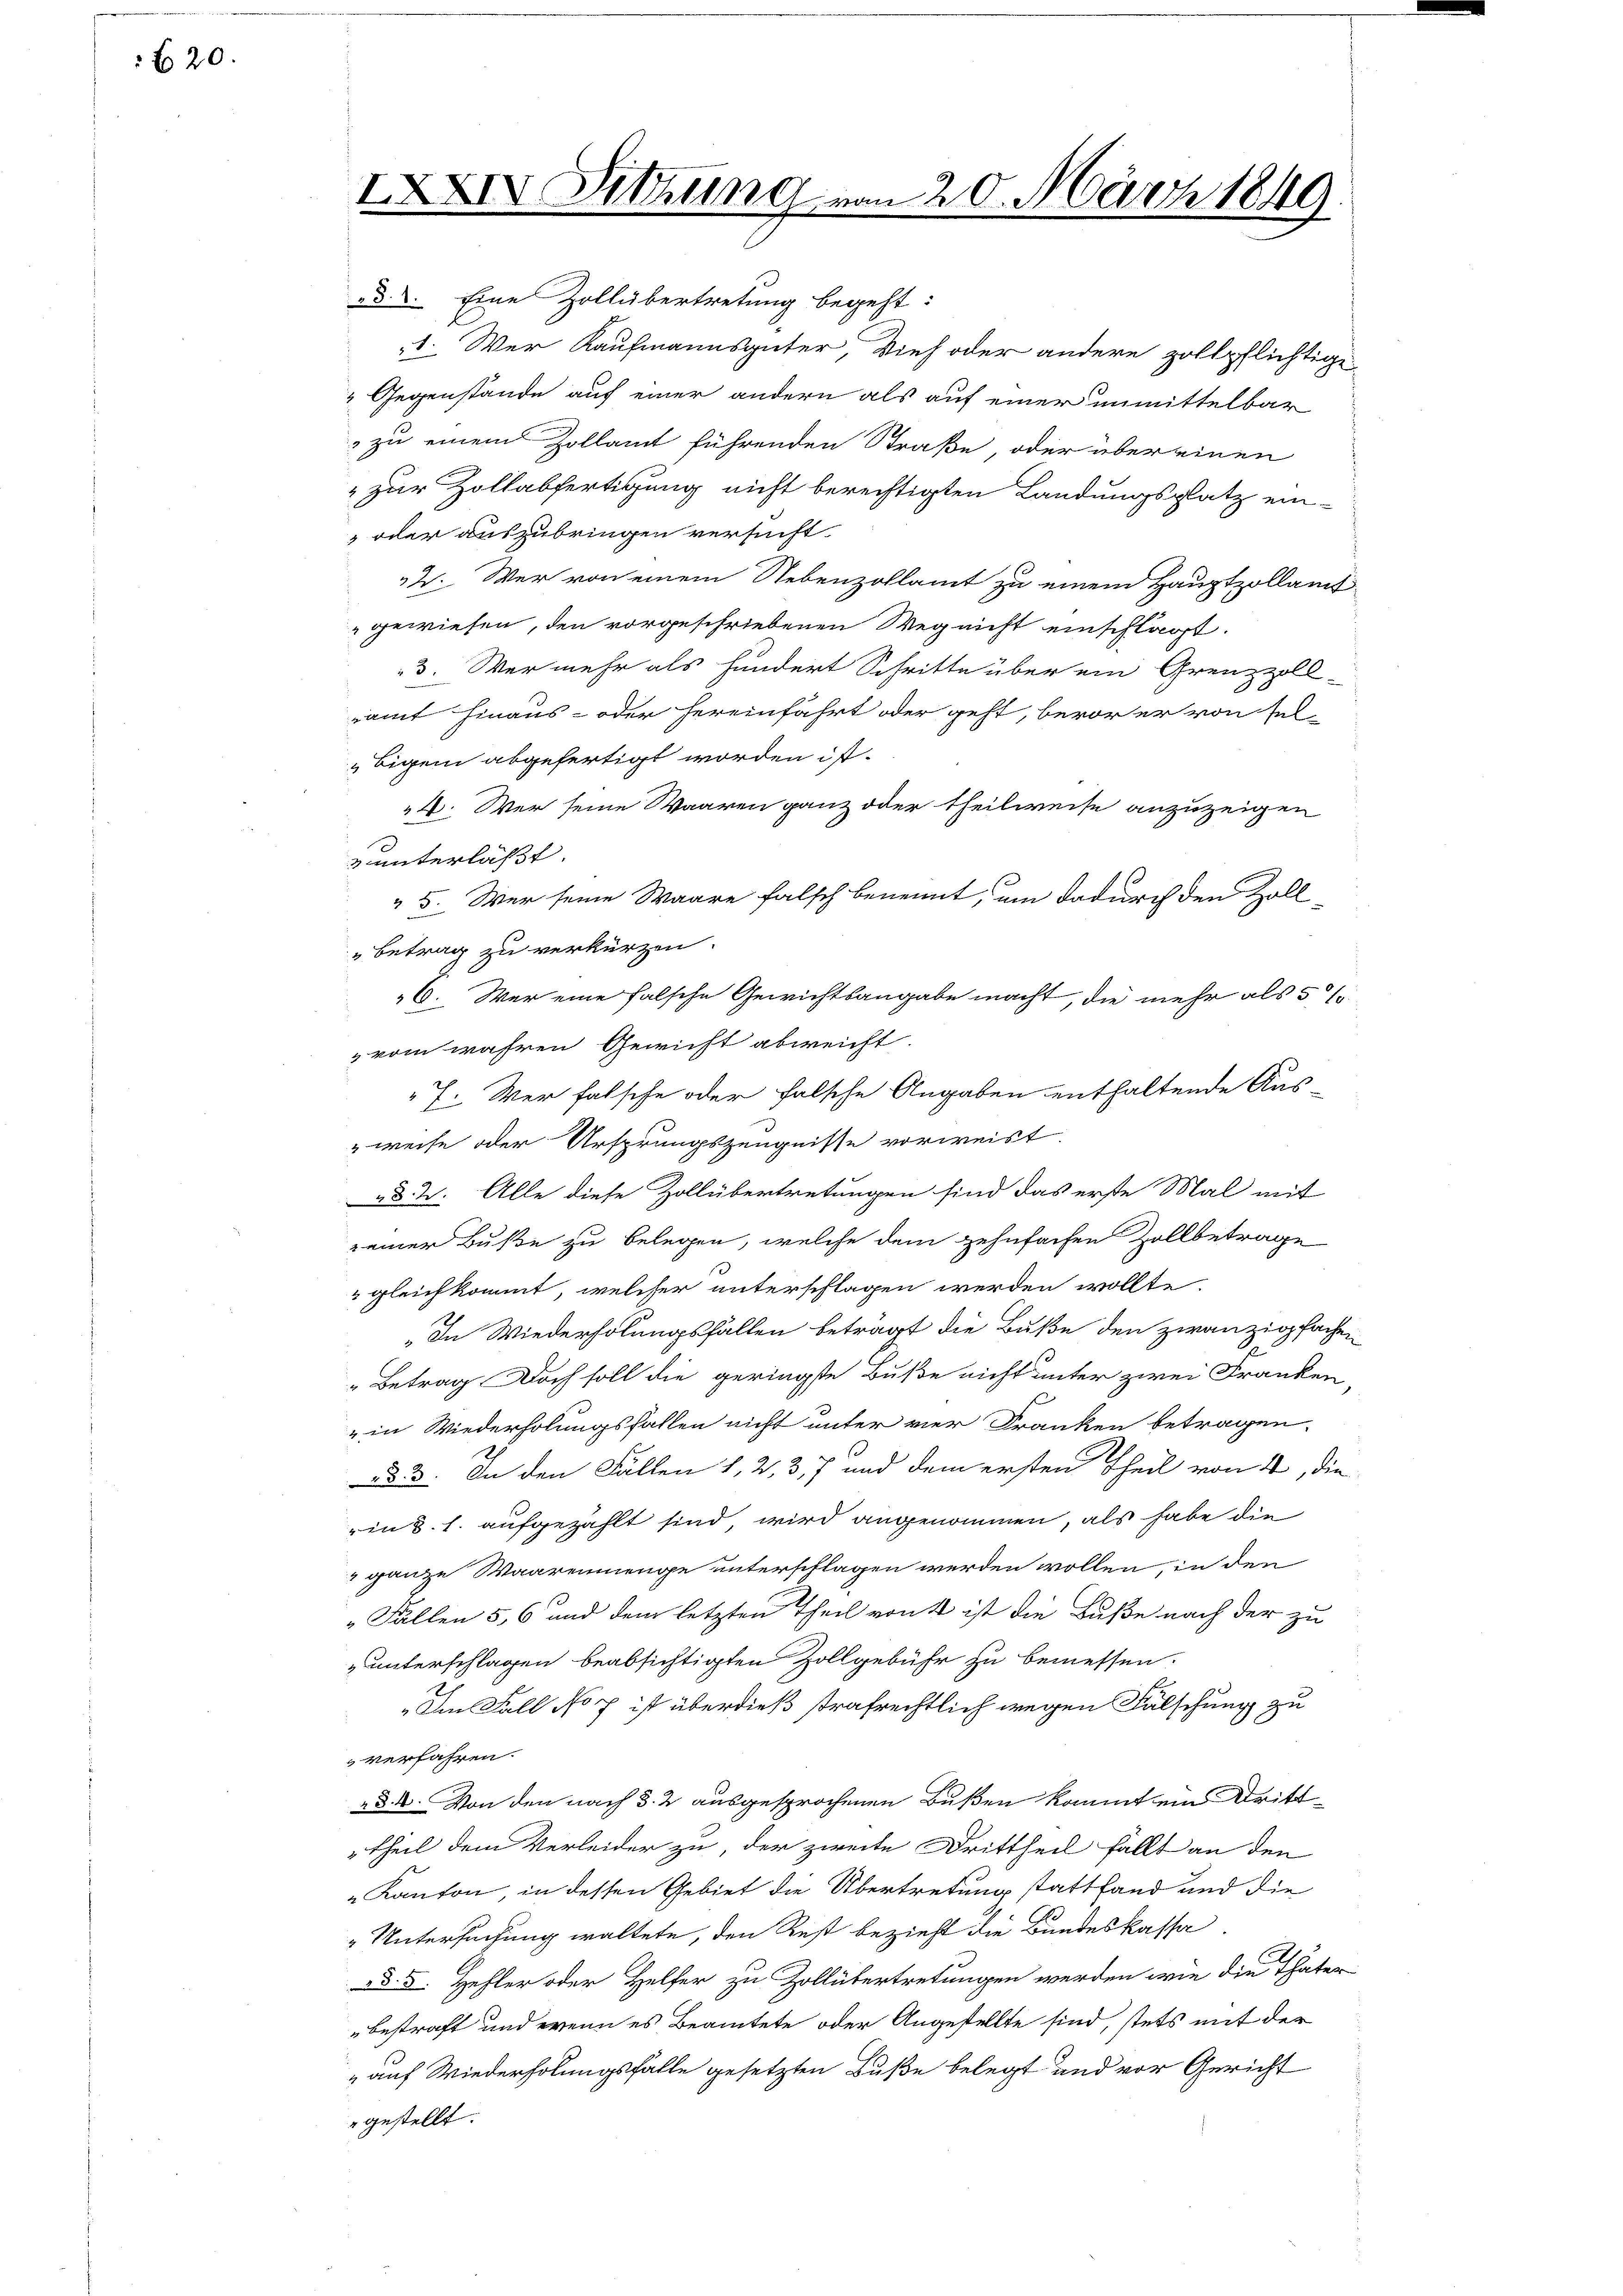
620.

IXXIV Sitzung von 20. März 1840
2

d. Eine Zollübertretung begeht:
1. Wer Kaufmannsgüter, Vieh oder andere zollpflichtige
? Gegenstände auf einer andern als auf einer unmittelbar
zu einem Zollamt führenden Straße, oder über einen
" zur Zollabfertigung nicht berechtigten Landungsplatz ein¬
 oder auszubringen versucht.
22. Wer von einem Nebenzollamt zu einem Hauptzollamt
gewiesen, den vorgeschriebenen Weg nicht einschlägt.
3. Wer mehr als hundert Schritte über ein Grenzzoll-
ramt hinaus- oder hereinfahrt oder geht, bevor er von sel-
bigen abgefertigt worden ist.
4. Wer seine Waaren ganz oder theilweise anzuzeigen
 unterlässt.
 5. Wer seine Waare falsch benennt, um dadurch den Zoll¬
Betrag zu verkürzen.
6. Wer eine falsche Gewichtsangabe macht, die mehr als 5 %
" vom wahren Gewicht abweicht.
7. Wer falsche oder falsche Angaben enthaltende Aus
weise oder Ursprungszeugnisse vorweist
ad 2. Alle diese Zollübertretungen sind das erste Mal mit
z einer Buße zu belegen, welche dem zehnfachen Zollbetrage
 gleichkommt, welcher unterschlagen werden wollte,
In Wiederholungsfällen beträgt die Buße den zwanzigfachen
Betrag doch soll die geringste Buße nicht unter zwei Franken,
" in Wiederholungsfallen nicht unter vier Franken betragen.
ad 3. In den Fällen 1, 2, 3, 7 und dem ersten Theil von 4, die
in §. 1. aufgezählt sind wird angenommen, als habe die
" ganze Waarenmenge unterschlagen werden wollen, in den
Fällen 5, 6 und dem letzten Theil von 4 ist die Buße nach der zu
„unterschlagen beabsichtigten Zollgebühr zu bemessen.
Im Fall No p ist überdieß strafrechtlich wegen Fälschung zu
verfahren.
§. 4. Von den nach §. 2 ausgesprochenen Bußen kommt ein Dritt-
 Theil dem Verleider zu, der zweite Drittheil fällt an den
Kanton, in dessen Gebiet die Übertretung stattfand und die
„Untersuchung waltete, den Rest bezieht die Bundeskassad. 3. Hehler oder Helfer zu Zollübertretungen werden wie die Thäter
bestraft und wenn es Beamtete oder Angestellte sind, stets mit der
„auf Wiederholungsfälle gesetzten Buße belegt und vor Gericht
gestellt.